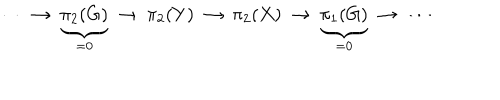
\cdots ~ \to ~ \underbrace { \pi _ { 2 } ( G ) } _ { = 0 } ~ \to ~ \pi _ { 2 } ( Y ) ~ \to ~ \pi _ { 2 } ( X ) ~ \to ~ \underbrace { \pi _ { 1 } ( G ) } _ { = 0 } ~ \to ~ \cdots